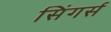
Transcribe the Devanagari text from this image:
सिंगर्स